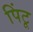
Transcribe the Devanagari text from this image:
पिंटू